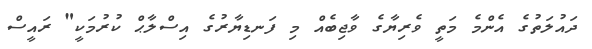
ދައުލަތުގެ އެންމެ މަތީ ވެރިޔާގެ ވާޖިބެއް މި ފަނޑިޔާރުގެ އިސްލާޙް ކުރުމަކީ" ރައީސް